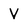
Character: V